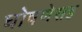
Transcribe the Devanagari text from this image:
घोषणेसह